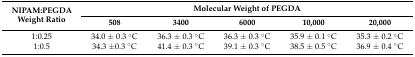
<table><thead><tr><td rowspan="2"><b>NIPAM:PEGDA Weight Ratio</b></td><td colspan="5"><b>Molecular Weight of PEGDA</b></td></tr><tr><td><b>508</b></td><td><b>3400</b></td><td><b>6000</b></td><td><b>10,000</b></td><td><b>20,000</b></td></tr></thead><tbody><tr><td>1:0.25</td><td>34.0 ± 0.3 °C</td><td>36.3 ± 0.3 °C</td><td>36.3 ± 0.3 °C</td><td>35.9 ± 0.1 °C</td><td>35.3 ± 0.2 °C</td></tr><tr><td>1:0.5</td><td>34.3 ±0.3 °C</td><td>41.4 ± 0.3 °C</td><td>39.1 ± 0.3 °C</td><td>38.5 ± 0.5 °C</td><td>36.9 ± 0.4 °C</td></tr></tbody></table>